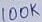
Text: 100K